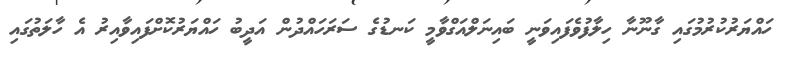
ހައްޔަރުކުރުމުގައި ގާނޫނާ ހިލާފުވެފައިވަނީ ބައިނަލްއަގްވާމީ ކަނޑުގެ ސަރަހައްދުން އަދީބު ހައްޔަރުކޮށްފައިވާއިރު އެ ހާލަތުގައި